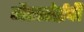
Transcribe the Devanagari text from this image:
गैरसोईची